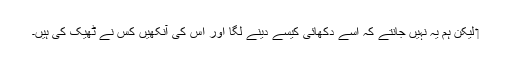
‏ لیکن ہم یہ نہیں جانتے کہ اِسے دِکھائی کیسے دینے لگا اور اِس کی آنکھیں کس نے ٹھیک کی ہیں۔